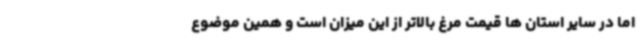
اما در سایر استان ها قیمت مرغ بالاتر از این میزان است و همین موضوع